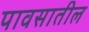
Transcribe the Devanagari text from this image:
पावसातील